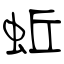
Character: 蚯